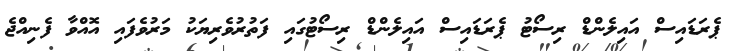
ޕެރަޑައިސް އައިލެންޑް ރިސޯޓު ޕެރަޑައިސް އައިލެންޑް ރިސޯޓުގައި ފަތުރުވެރިޔަކު މަރުވެފައި އޮއްވާ ފެނިއްޖެ